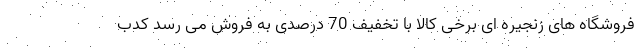
فروشگاه های زنجیره ای برخی کالا با تخفیف 70 درصدی به فروش می رسد کدب